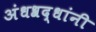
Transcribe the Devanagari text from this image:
अंधश्रद्धांनी